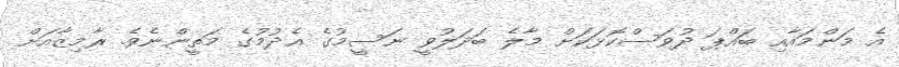
އެ މަންމައާއި ބައްޕަ ދުވަސްކޮޅަކަށް މާލެ ބަދަލުވީ ނަސީމުގެ އެދުމުގެ މަތީންނެވެ. ރާމިޒާއަށް